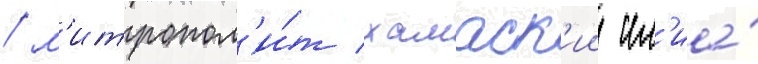
/ м'итропол'и́т хамаск'ии ил'иа́